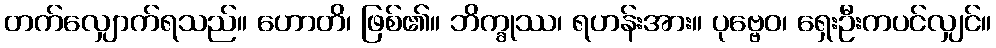
တက်လျှောက်ရသည်။ ဟောတိ၊ ဖြစ်၏။ ဘိက္ခုဿ၊ ရဟန်းအား။ ပုဗ္ဗေဝ၊ ရှေးဦးကပင်လျှင်။